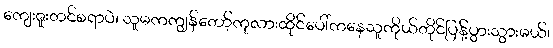
ကျေးဇူးတင်စရာပဲ၊ သူမကကျွန်တော့်ကုလားထိုင်ပေါ်ကနေသူကိုယ်တိုင်ပြန့်ပွားသွားမယ်၊